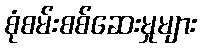
စုံစမ်းစစ်ဆေးမှုများ